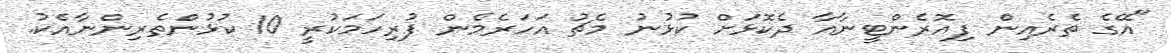
"އޭގެ ތެރެއިން ފިއޮރެންޓީނާއާ ދެކޮޅަށް ކުޅުނު މެޗު އަހަރެމެން ފުރިހަމަކުރީ 10 ކުޅުންތެރިންނާއެކު.